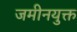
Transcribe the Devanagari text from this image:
जमीनयुक्त